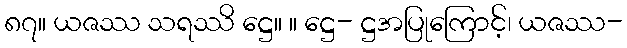
၈၇။ ယဇဿ သရဿိ ဋ္ဌေ။ ။ ဋ္ဌေ- ဋ္ဌအပြုကြောင့်၊ ယဇဿ-